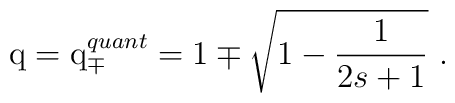
{\rm q}={\rm q}^{quant}_\mp=1\mp\sqrt{1-\frac{1}{2s+1}}\ .